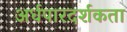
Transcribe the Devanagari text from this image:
अर्धपारदर्शकता